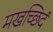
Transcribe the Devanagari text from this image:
मखच्छिदं